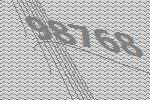
98768